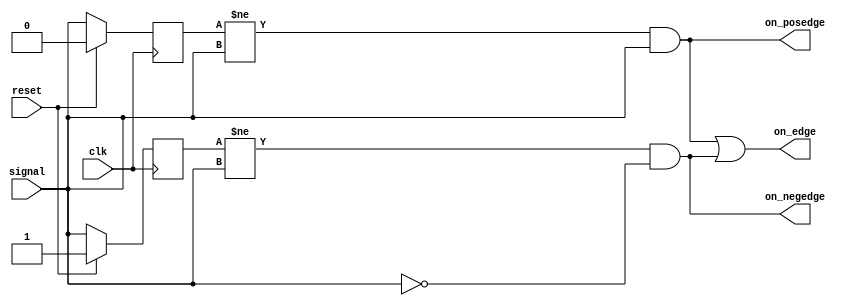
module signal_edge(
    input  wire clk,
    input  wire reset,
    input  wire signal,
    output wire on_posedge,
    output wire on_negedge,
    output wire on_edge
);
    reg previous_signal_state_0;
    reg previous_signal_state_1;
    always @(posedge clk) begin
        if (reset) begin
            previous_signal_state_0 <= 0; // tested in posedge, init to 0 to prevent missing the first positive edge after reset
            previous_signal_state_1 <= 1; // tested in negedge,               --- // ---               negative edge after reset
        end else begin
            previous_signal_state_0 <= signal;
            previous_signal_state_1 <= signal;
        end
    end
    
    assign on_edge    = on_posedge | on_negedge;
    assign on_posedge = (previous_signal_state_0 != signal &&  signal);
    assign on_negedge = (previous_signal_state_1 != signal && !signal);
endmodule